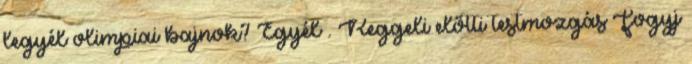
legyél olimpiai bajnok? Egyél . Reggeli előtti testmozgás Fogyj